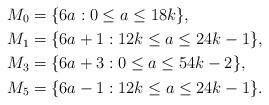
LaTeX: \begin{align*}M_0 & = \{6 a: 0 \leq a \leq 18 k\},\\M_1 & = \{6 a + 1 : 12 k \leq a \leq 24 k-1\},\\M_3 & = \{6 a + 3 : 0 \leq a \leq 54 k -2\}, \\M_5 & = \{6 a - 1 : 12 k \leq a \leq 24 k-1\}.\end{align*}